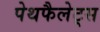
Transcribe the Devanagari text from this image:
पेथफैलेट्स